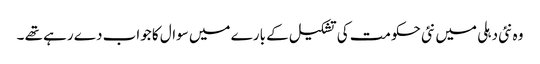
وہ نئی دہلی میں نئی حکومت کی تشکیل کے بارے میں سوال کا جواب دے رہے تھے ۔